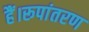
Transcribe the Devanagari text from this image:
हैं।रूपांतरण